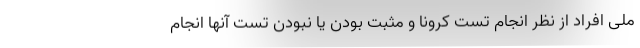
ملی افراد از نظر انجام تست کرونا و مثبت بودن یا نبودن تست آنها انجام